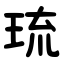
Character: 琉